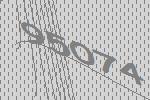
95074